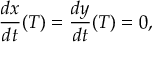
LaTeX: { \frac { d x } { d t } } ( T ) = { \frac { d y } { d t } } ( T ) = 0 ,